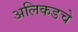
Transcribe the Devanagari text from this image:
अलिकडचे